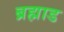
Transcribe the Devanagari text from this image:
ब्रह्माड